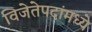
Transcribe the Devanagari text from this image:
विजेतेपदांमध्ये